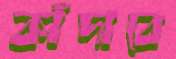
কাঁদাবে